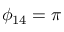
\phi _ { 1 4 } = \pi